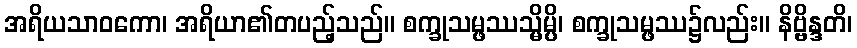
အရိယသာဝကော၊ အရိယာ၏တပည့်သည်။ စက္ခုသမ္ဖဿသ္မိမ္ပိ၊ စက္ခုသမ္ဖဿ၌လည်း။ နိဗ္ဗိန္ဒတိ၊